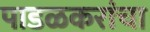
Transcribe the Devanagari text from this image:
पाडळकरांचा